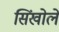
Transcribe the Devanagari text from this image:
सिंखोले